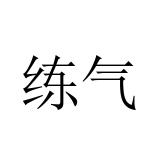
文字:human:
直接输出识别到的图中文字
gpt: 练气